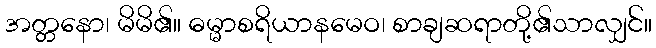
အတ္တနော၊ မိမိ၏။ ဓမ္မာစရိယာနမေဝ၊ စာချဆရာတို့၏သာလျှင်။